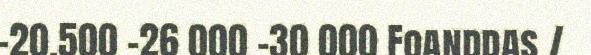
-20.500 -26 000 -30 000 Foanddas /